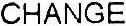
CHANGE